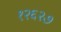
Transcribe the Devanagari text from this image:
१२६२७